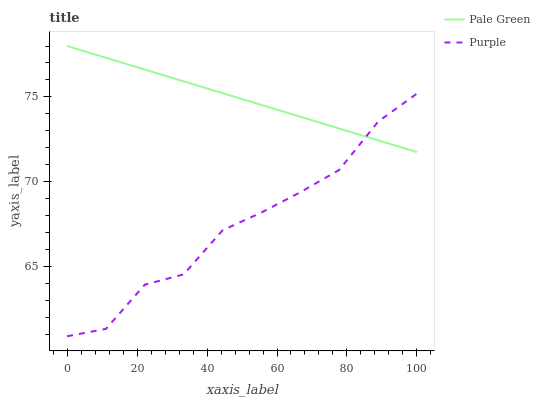
| xaxis_label | Pale Green | Purple |
 | --- | --- | --- |
 | 0 | 78 | 60.9 |
 | 11.1 | 77.3 | 61.3 |
 | 22.2 | 76.6 | 63.9 |
 | 33.3 | 75.9 | 64.5 |
 | 44.4 | 75.2 | 67.1 |
 | 55.6 | 74.5 | 68.2 |
 | 66.7 | 73.8 | 69.4 |
 | 77.8 | 73.1 | 70.7 |
 | 88.9 | 72.4 | 73.5 |
 | 100 | 71.8 | 75.2 |